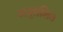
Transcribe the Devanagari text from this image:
अनुसंशित